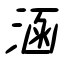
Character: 涵